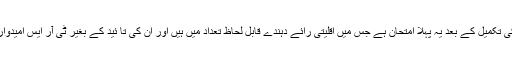
حکومت کے دیڑھ سال کی تکمیل کے بعد یہ پہلا امتحان ہے جس میں اقلیتی رائے دہندے قابل لحاظ تعداد میں ہیں اور ان کی تا ئید کے بغیر ٹی آر ایس امیدوار کی کامیابی ممکن نہیں۔